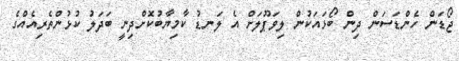
ޖޯޑަން ހެންޑަސަން ދިން ބޯޅައަކުން ލިވަޕޫލަށް އެ ލަނޑު ކާމިޔާބުކޮށްދިނީ ބަދަލު ކުޅުންތެރިއެއްގެ